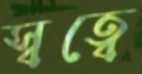
স্বত্বে